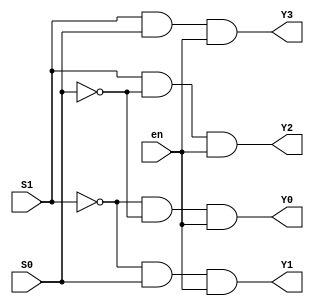
module two_to_four_decoder(input S1, input S0, input en, output Y3, output Y2, output Y1, output Y0);

    assign Y0 = (~S1) & (~S0) & en;
    assign Y1 = (~S1) & S0 & en;
    assign Y2 = S1 & (~ S0) & en;
    assign Y3 = S1 & S0 & en;

endmodule